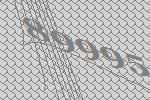
89995